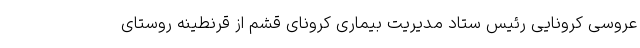
عروسی کرونایی رئیس ستاد مدیریت بیماری کرونای قشم از قرنطینه روستای